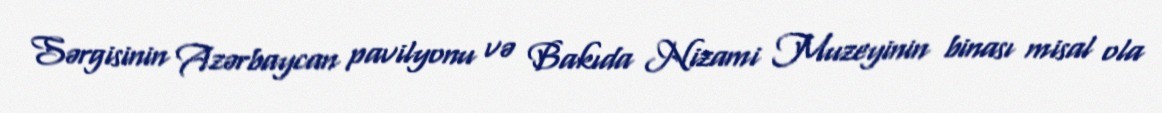
Sərgisinin Azərbaycan pavilyonu və Bakıda Nizami Muzeyinin binası misal ola